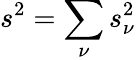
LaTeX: s^{2}=\sum_{\nu}s_{\nu}^{2}